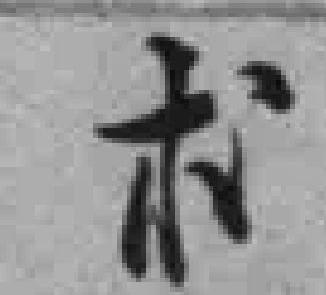
术